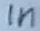
Text: in